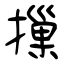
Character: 摷